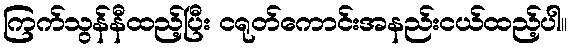
ကြက်သွန်နီထည့်ပြီး ငရုတ်ကောင်းအနည်းငယ်ထည့်ပါ။